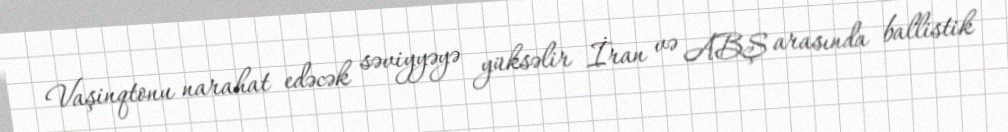
Vaşinqtonu narahat edəcək səviyyəyə yüksəlir İran və ABŞ arasında ballistik